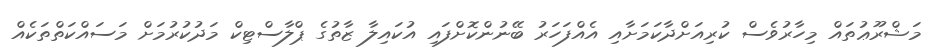
މަޝްރޫޢުތައް މިހާރުވެސް ކުރިއަށްދާކަމަށާއި އެއްފަހަރު ބޭނުންކޮށްފައި އުކައިލާ ޒާތުގެ ޕްލާސްޓިކް މަދުކުރުމަށް މަސައްކަތްތަކެއް